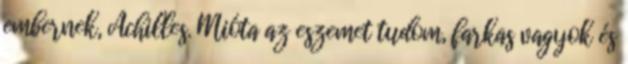
embernek, Achilles. Mióta az eszemet tudom, farkas vagyok és